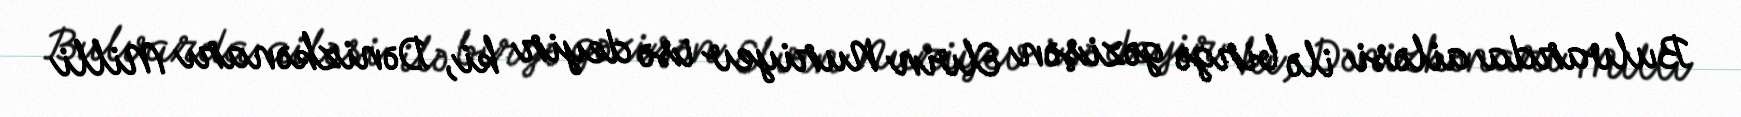
Bulvarda ailəsi ilə birgə gəzişən Elvin Nuriyev isə deyir ki, Dənizkənarı Milli